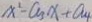
x ^ { 1 } - a _ { 3 } x + a _ { 4 }